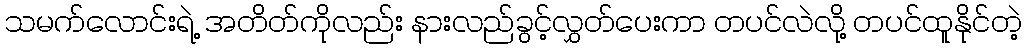
သမက်လောင်းရဲ့ အတိတ်ကိုလည်း နားလည်ခွင့်လွှတ်ပေးကာ တပင်လဲလို့ တပင်ထူနိုင်တဲ့